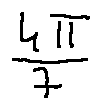
\frac { 4 \pi } { 7 }